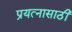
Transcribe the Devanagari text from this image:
प्रयत्‍नासाठी